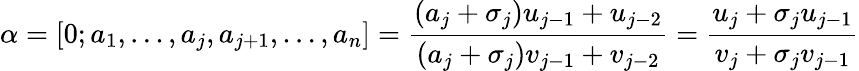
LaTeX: \alpha=[0;a_{1},\ldots,a_{j},a_{j+1},\ldots,a_{n}]=\frac{(a_{j}+\sigma_{j})u_{j-1}+u_{j-2}}{(a_{j}+\sigma_{j})v_{j-1}+v_{j-2}}=\frac{u_{j}+\sigma_{j}u_{j-1}}{v_{j}+\sigma_{j}v_{j-1}}